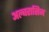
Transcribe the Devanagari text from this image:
अल्बरासिन